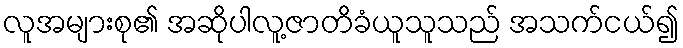
လူအများစု၏ အဆိုပါလူ့ဇာတိခံယူသူသည် အသက်ငယ်၍